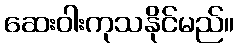
ဆေးဝါးကုသနိုင်မည်။